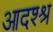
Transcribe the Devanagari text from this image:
आदश्श्र